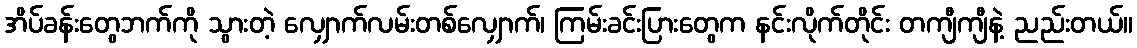
အိပ်ခန်းတွေဘက်ကို သွားတဲ့ လျှောက်လမ်းတစ်လျှောက်၊ ကြမ်းခင်းပြားတွေက နင်းလိုက်တိုင်း တကျီကျီနဲ့ ညည်းတယ်။